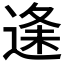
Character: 𮞦